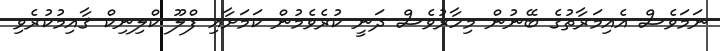
ނަމަވެސް އެއިމަރާތުގެ ބޭނުން މިހާރުވެސް ދަނީ ކުރެވެމުން ކަމަށާއި ފްލޫ ކްލިނިކް ޤާއިމުކުރެވި